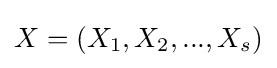
X=(X_{1},X_{2},...,X_{s})